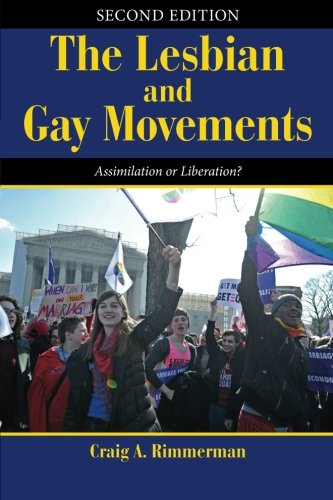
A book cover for The Lesbian and Gay Movements: Assimilation or Liberation? (Dilemmas in American Politics); Craig A Rimmerman; Gay & Lesbian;